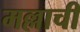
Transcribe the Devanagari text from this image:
मल्लाची